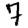
Digit: 7